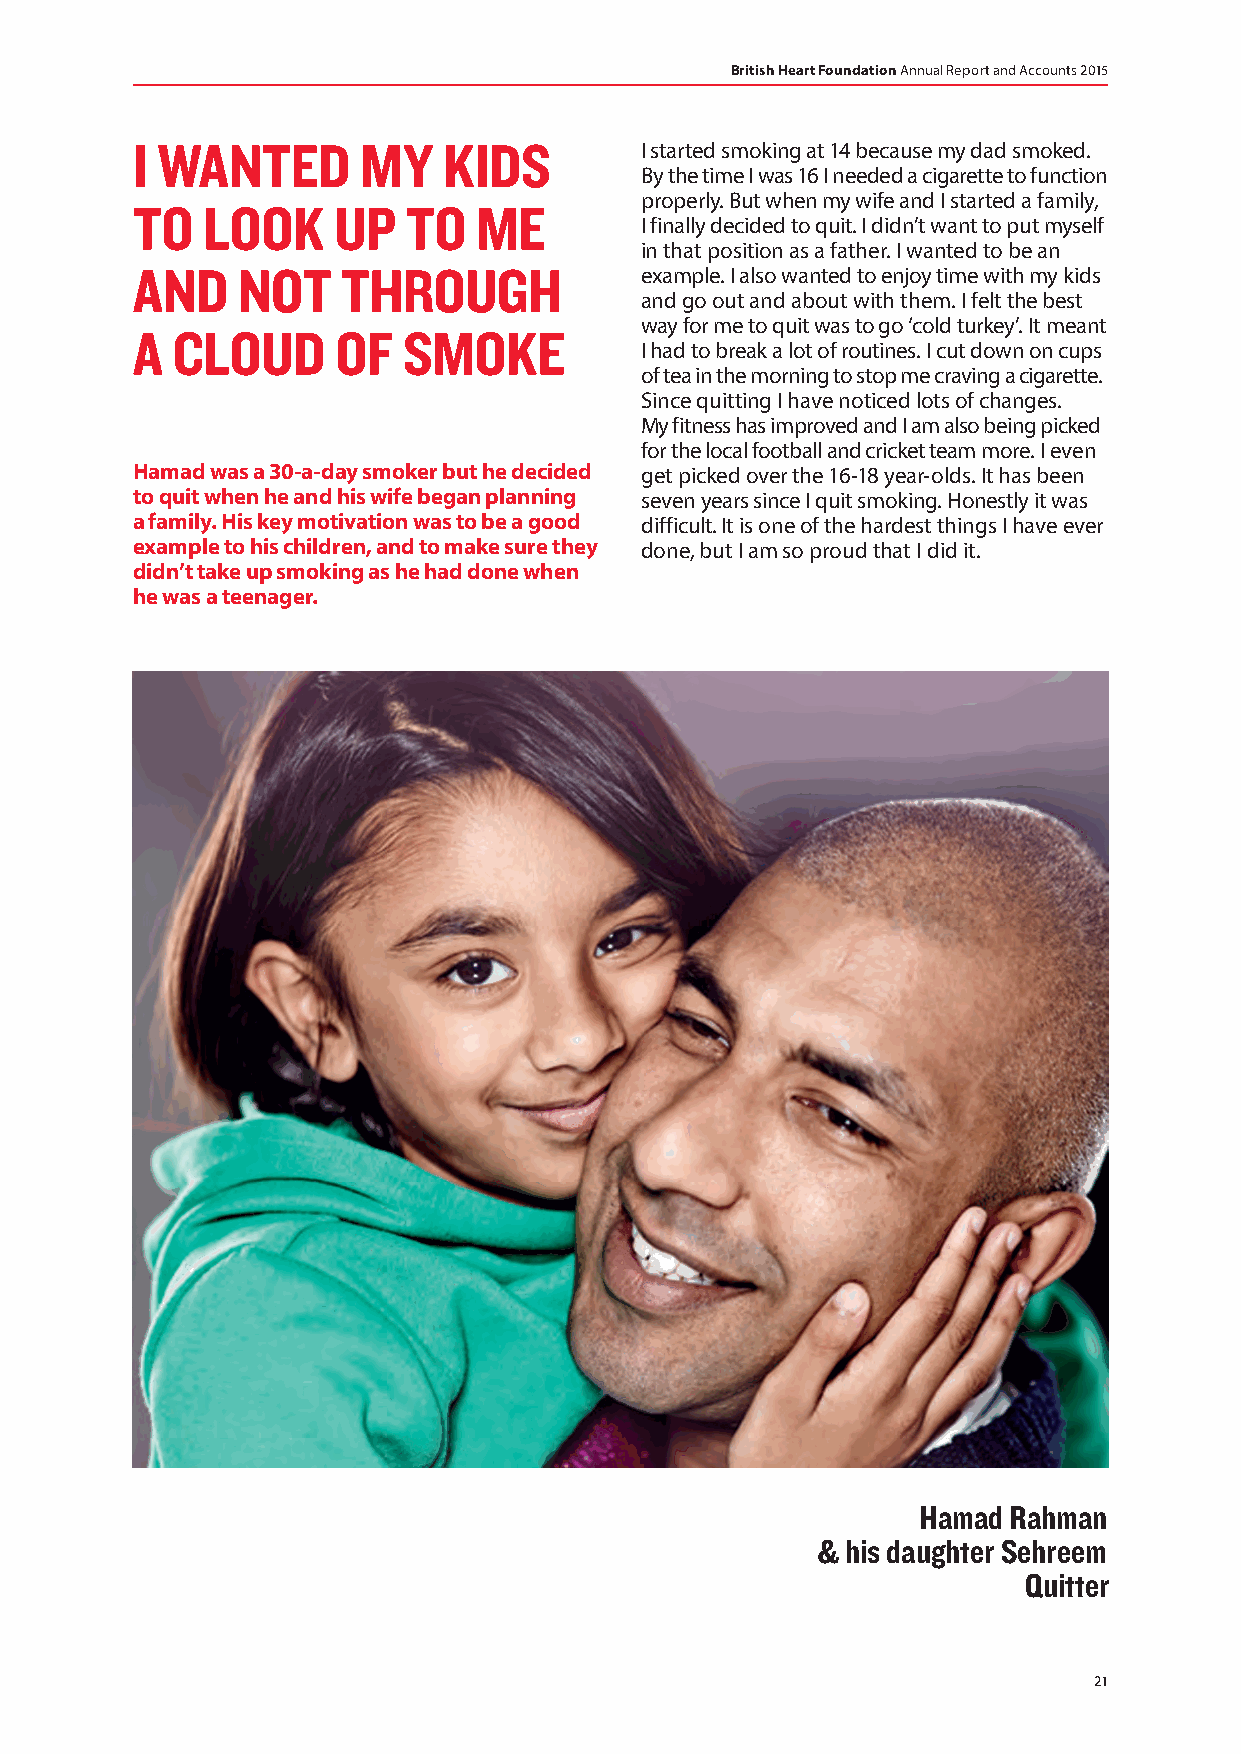
British Heart Foundation Annual Report and Accounts 2015
 I WANTED       MY   KIDS         I started smoking at 14 because my dad smoked.
 By the time I was 16 I needed a cigarette to function
 properly. But when my wife and I started a family,
 TO  LOOK     UP   TO   ME
 I finally decided to quit. I didn’t want to put myself
 in that position as a father. I wanted to be an
 AND    NOT    THROUGH            example. I also wanted to enjoy time with my kids
 and go out and about with them. I felt the best
 way for me to quit was to go ‘cold turkey’. It meant
 A CLOUD      OF   SMOKE
 I had to break a lot of routines. I cut down on cups
 of tea in the morning to stop me craving a cigarette.
 Since quitting I have noticed lots of changes.
 My fitness has improved and I am also being picked
 for the local football and cricket team more. I even
 Hamad was a 30-a-day smoker but he decided get picked over the 16-18 year-olds. It has been
 to quit when he and his wife began planning seven years since I quit smoking. Honestly it was
 a family. His key motivation was to be a good difficult. It is one of the hardest things I have ever
 example to his children, and to make sure they done, but I am so proud that I did it.
 didn’t take up smoking as he had done when
 he was a teenager.
 Hamad Rahman
 & his daughter Sehreem
 Quitter
 21